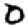
Digit: 0